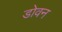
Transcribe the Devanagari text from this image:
डोवन